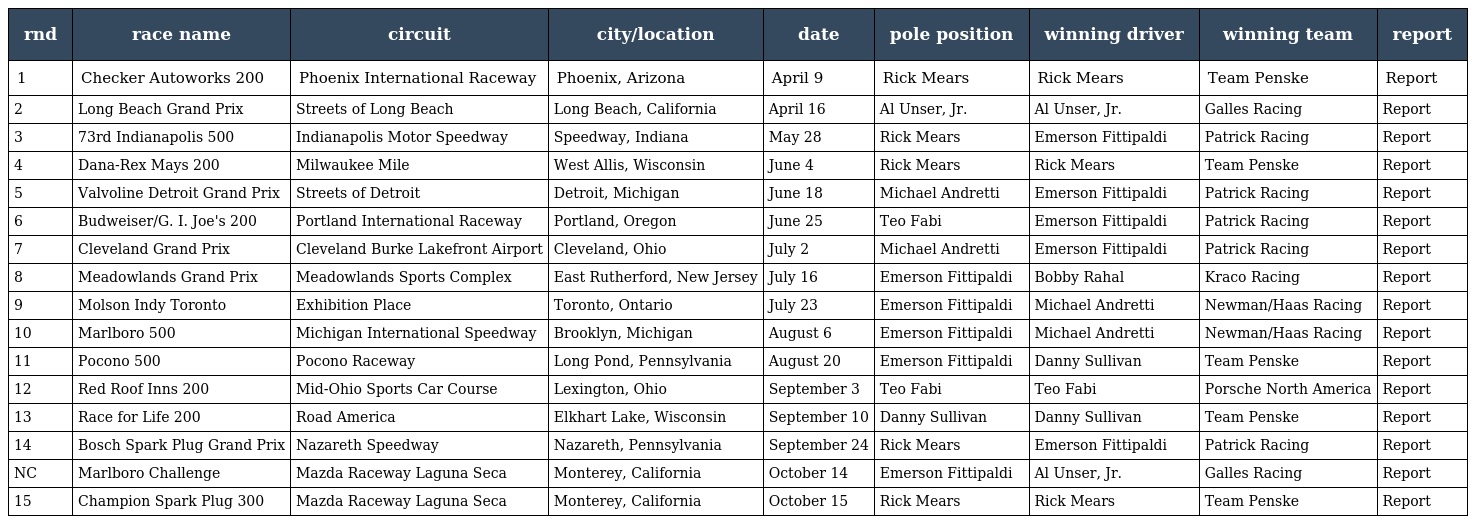
| rnd | race name | circuit | city/location | date | pole position | winning driver | winning team | report |
 | --- | --- | --- | --- | --- | --- | --- | --- | --- |
 | 1 | Checker Autoworks 200 | Phoenix International Raceway | Phoenix, Arizona | April 9 | Rick Mears | Rick Mears | Team Penske | Report |
 | 2 | Long Beach Grand Prix | Streets of Long Beach | Long Beach, California | April 16 | Al Unser, Jr. | Al Unser, Jr. | Galles Racing | Report |
 | 3 | 73rd Indianapolis 500 | Indianapolis Motor Speedway | Speedway, Indiana | May 28 | Rick Mears | Emerson Fittipaldi | Patrick Racing | Report |
 | 4 | Dana-Rex Mays 200 | Milwaukee Mile | West Allis, Wisconsin | June 4 | Rick Mears | Rick Mears | Team Penske | Report |
 | 5 | Valvoline Detroit Grand Prix | Streets of Detroit | Detroit, Michigan | June 18 | Michael Andretti | Emerson Fittipaldi | Patrick Racing | Report |
 | 6 | Budweiser/G. I. Joe's 200 | Portland International Raceway | Portland, Oregon | June 25 | Teo Fabi | Emerson Fittipaldi | Patrick Racing | Report |
 | 7 | Cleveland Grand Prix | Cleveland Burke Lakefront Airport | Cleveland, Ohio | July 2 | Michael Andretti | Emerson Fittipaldi | Patrick Racing | Report |
 | 8 | Meadowlands Grand Prix | Meadowlands Sports Complex | East Rutherford, New Jersey | July 16 | Emerson Fittipaldi | Bobby Rahal | Kraco Racing | Report |
 | 9 | Molson Indy Toronto | Exhibition Place | Toronto, Ontario | July 23 | Emerson Fittipaldi | Michael Andretti | Newman/Haas Racing | Report |
 | 10 | Marlboro 500 | Michigan International Speedway | Brooklyn, Michigan | August 6 | Emerson Fittipaldi | Michael Andretti | Newman/Haas Racing | Report |
 | 11 | Pocono 500 | Pocono Raceway | Long Pond, Pennsylvania | August 20 | Emerson Fittipaldi | Danny Sullivan | Team Penske | Report |
 | 12 | Red Roof Inns 200 | Mid-Ohio Sports Car Course | Lexington, Ohio | September 3 | Teo Fabi | Teo Fabi | Porsche North America | Report |
 | 13 | Race for Life 200 | Road America | Elkhart Lake, Wisconsin | September 10 | Danny Sullivan | Danny Sullivan | Team Penske | Report |
 | 14 | Bosch Spark Plug Grand Prix | Nazareth Speedway | Nazareth, Pennsylvania | September 24 | Rick Mears | Emerson Fittipaldi | Patrick Racing | Report |
 | NC | Marlboro Challenge | Mazda Raceway Laguna Seca | Monterey, California | October 14 | Emerson Fittipaldi | Al Unser, Jr. | Galles Racing | Report |
 | 15 | Champion Spark Plug 300 | Mazda Raceway Laguna Seca | Monterey, California | October 15 | Rick Mears | Rick Mears | Team Penske | Report |